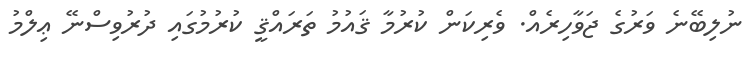
ނުލިބޭނެ ވަރުގެ ޖަވާހިރެއް. ވެރިކަން ކުރުމާ ޤައުމު ތަރައްޤީ ކުރުމުގައި ދުރުވިސްނޭ ޢިލްމު